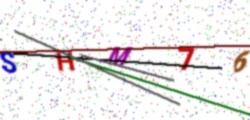
Text: SHM76